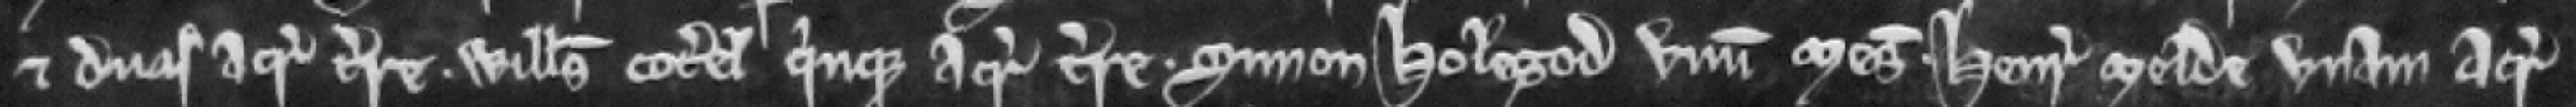
et duas acras terre. Willemus Coterel quinque acras terre. Simon Holegod unum mesuagium. Henrieus Melde unam acram.